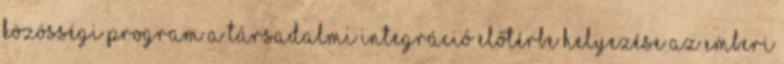
KÖZÖSSÉGI PROGRAM A TÁRSADALMI INTEGRÁCIÓ ELŐTÉRBE HELYEZÉSE AZ EMBERI